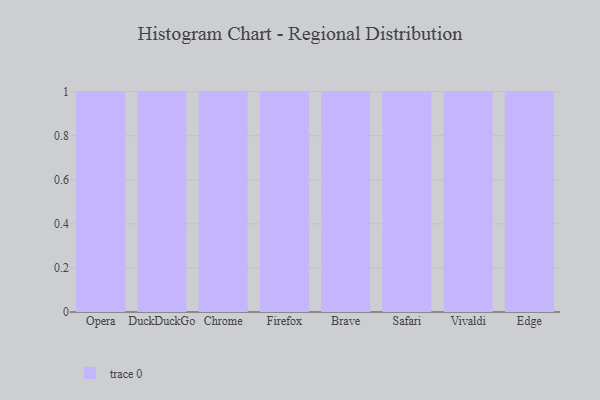
{"axis": {"x": "Browser", "y": "Website Visitors"}, "legend": [""], "data": [{"x": "Opera", "y": 58, "type": ""}, {"x": "DuckDuckGo", "y": 62, "type": ""}, {"x": "Chrome", "y": 3, "type": ""}, {"x": "Firefox", "y": 88, "type": ""}, {"x": "Brave", "y": 89, "type": ""}, {"x": "Safari", "y": 63, "type": ""}, {"x": "Vivaldi", "y": 17, "type": ""}, {"x": "Edge", "y": 94, "type": ""}]}